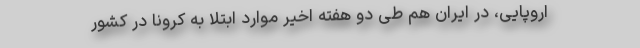
اروپایی، در ایران هم طی دو هفته اخیر موارد ابتلا به کرونا در کشور